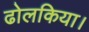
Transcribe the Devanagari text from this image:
ढोलकिया।